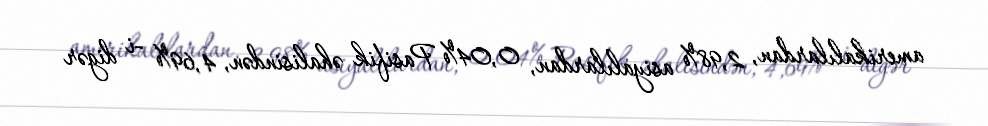
amerikalılardan, 2,98% asiyalılardan, 0,04% Pasifik əhalisindən, 4,69% -i digər